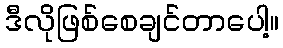
ဒီလိုဖြစ်စေချင်တာပေါ့။